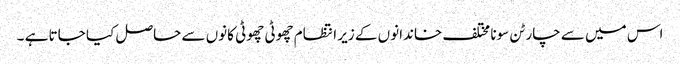
اس میں سے چار ٹن سونا مختلف خاندانوں کے زیر انتظام چھوٹی چھوٹی کانوں سے حاصل کیا جاتا ہے ۔